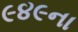
૯૪૯ના